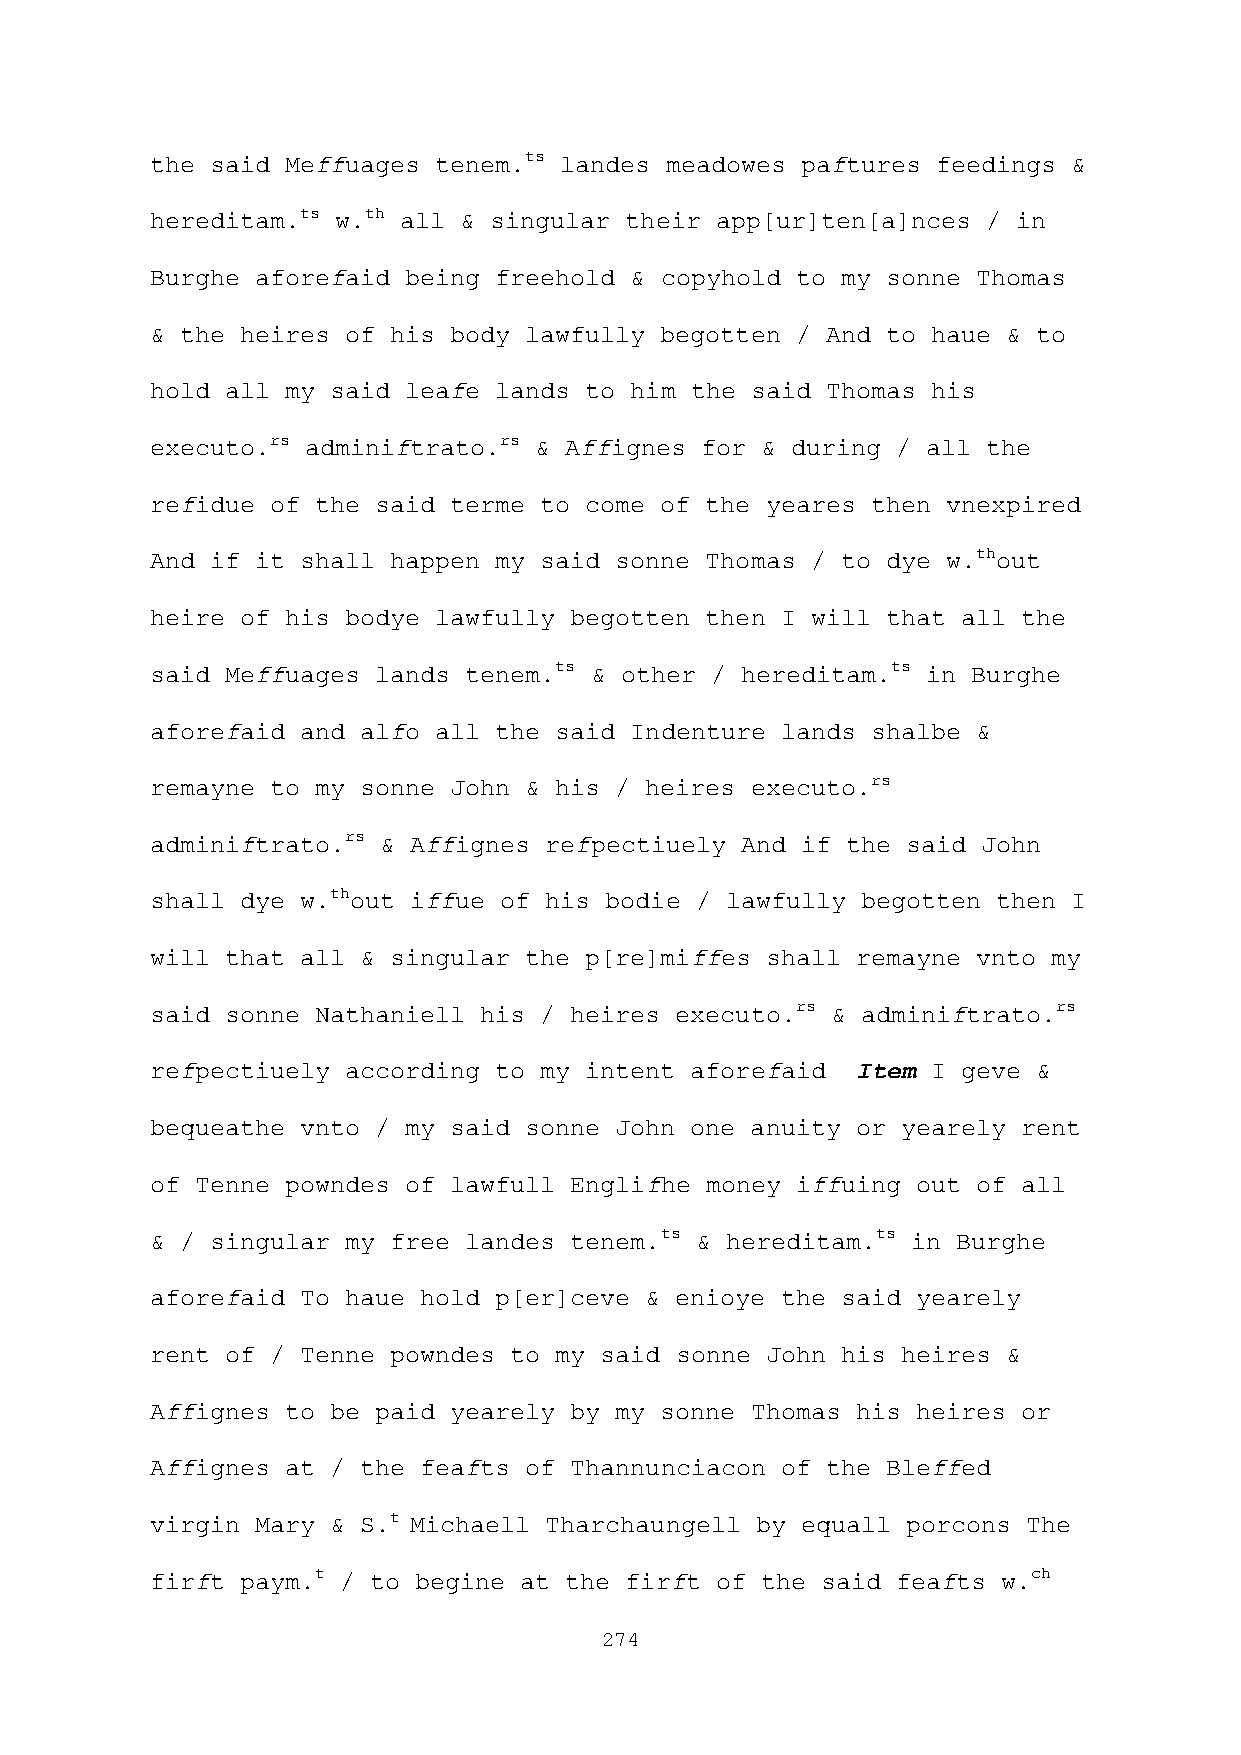
the said Meffuages tenem.ts landes meadowes paftures feedings &
 hereditam.ts w.th all & singular their app[ur]ten[a]nces / in
 Burghe aforefaid being freehold & copyhold to my sonne Thomas
 & the heires of his body lawfully begotten / And to haue & to
 hold all my said leafe lands to him the said Thomas his
 executo.rs adminiftrato.rs & Affignes for & during / all the
 refidue of the said terme to come of the yeares then vnexpired
 And if it shall happen my said sonne Thomas / to dye w.thout
 heire of his bodye lawfully begotten then I will that all the
 said Meffuages lands tenem.ts & other / hereditam.ts in Burghe
 aforefaid and alfo all the said Indenture lands shalbe &
 remayne to my sonne John & his / heires executo.rs
 adminiftrato.rs & Affignes refpectiuely And if the said John
 shall dye w.thout iffue of his bodie / lawfully begotten then I
 will that all & singular the p[re]miffes shall remayne vnto my
 said sonne Nathaniell his / heires executo.rs & adminiftrato.rs
 refpectiuely according to my intent aforefaid  Item I geve &
 bequeathe vnto / my said sonne John one anuity or yearely rent
 of Tenne powndes of lawfull Englifhe money iffuing out of all
 & / singular my free landes tenem.ts & hereditam.ts in Burghe
 aforefaid To haue hold p[er]ceve & enioye the said yearely
 rent of / Tenne powndes to my said sonne John his heires &
 Affignes to be paid yearely by my sonne Thomas his heires or
 Affignes at / the feafts of Thannunciacon of the Bleffed
 virgin Mary & S.t Michaell Tharchaungell by equall porcons The
 firft paym.t / to begine at the firft of the said feafts w.ch
 274